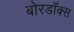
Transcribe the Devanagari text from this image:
बोरडॉक्स